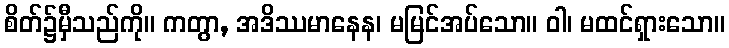
စိတ်၌မှီသည်ကို။ ကတွာ, အဒိဿမာနေန၊ မမြင်အပ်သော။ ဝါ၊ မထင်ရှားသော။